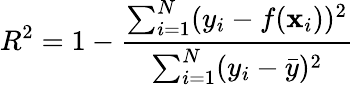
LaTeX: R^{2}=1-\frac{\sum_{i=1}^{N}(y_{i}-f(\mathbf{x}_{i}))^{2}}{\sum_{i=1}^{N}(y_{i}-\bar{y})^{2}}